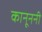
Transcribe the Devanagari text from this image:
कानूननी